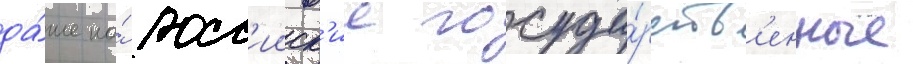
да́же на́ росс'ииск'ие госуда́рств'енные